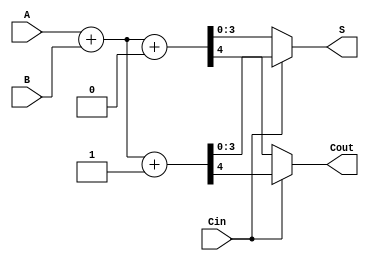
module carry_select_adder_4bit (
    input  [3:0] A,       // 4-bit input A
    input  [3:0] B,       // 4-bit input B
    input         Cin,     // Carry-in
    output [3:0] S,       // 4-bit sum output
    output        Cout     // Carry-out
);

    wire [3:0] S0;        // Sum for Cin = 0
    wire [3:0] S1;        // Sum for Cin = 1
    wire C0, C1;          // Carry-out for Cin = 0 and 1

    // Full adder logic for Cin = 0
    assign {C0, S0} = A + B + 1'b0;
    
    // Full adder logic for Cin = 1
    assign {C1, S1} = A + B + 1'b1;

    // MUX to select the correct sum and carry-out based on Cin
    assign S = (Cin) ? S1 : S0;
    assign Cout = (Cin) ? C1 : C0;

endmodule